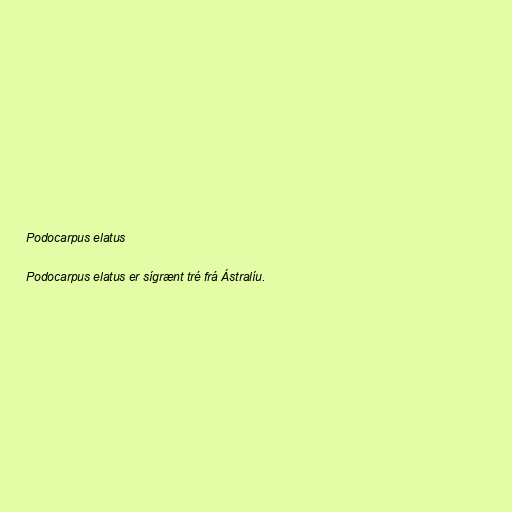
Podocarpus elatus

Podocarpus elatus er sígrænt tré frá Ástralíu.